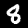
Digit: 8